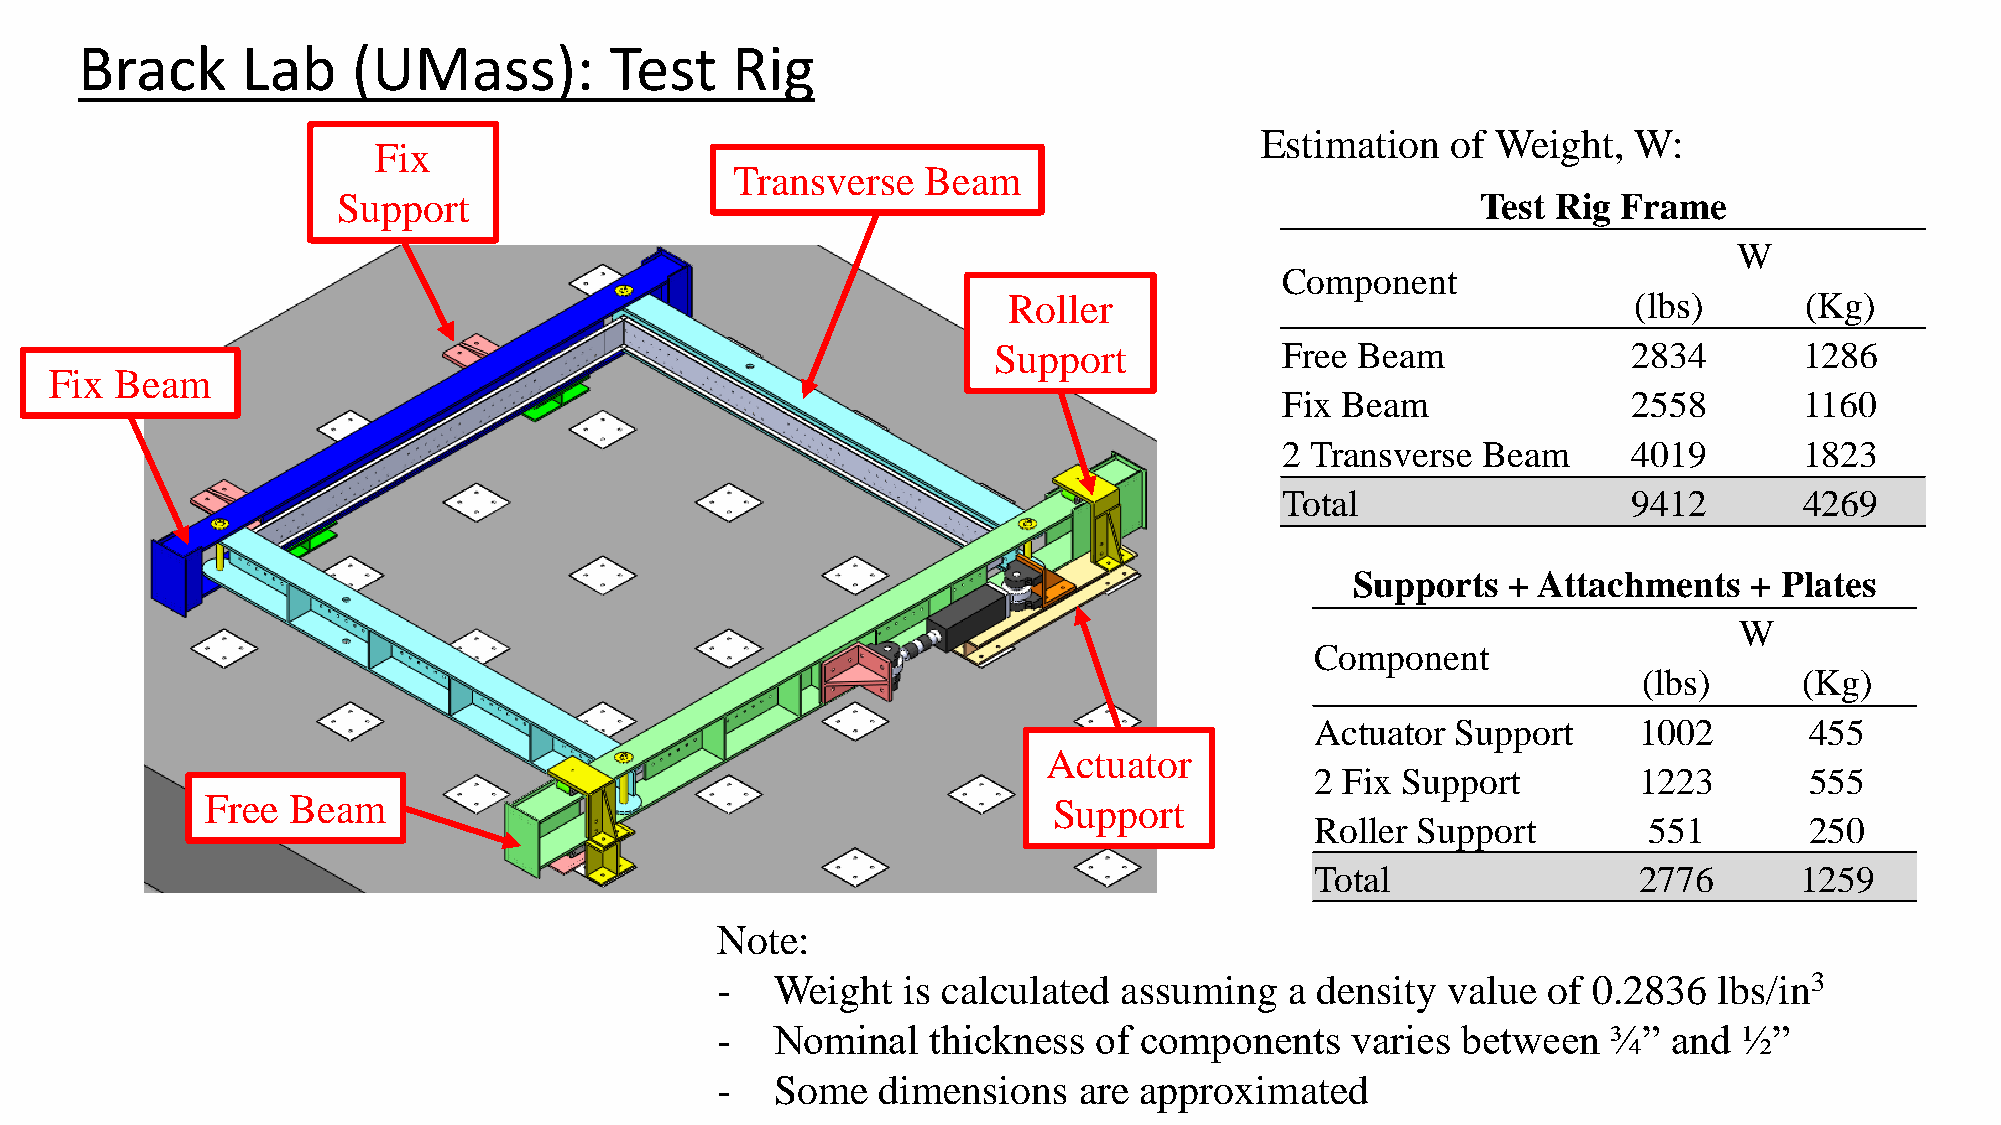
Brack      Lab    (UMass):         Test    Rig
 Estimation   of Weight,  W:
 Fix
 Transverse   Beam
 Support                                                                     Test Rig Frame
 W
 Component
 Roller                                   (lbs)      (Kg)
 Support            Free Beam              2834       1286
 Fix  Beam
 Fix Beam               2558       1160
 2 Transverse Beam      4019       1823
 Total                  9412       4269
 Supports  + Attachments   + Plates
 W
 Component
 (lbs)     (Kg)
 Actuator Support     1002        455
 Actuator
 2 Fix Support        1223        555
 Free Beam                                               Support
 Roller Support        551        250
 Total                2776       1259
 Note:
 -   Weight   is calculated assuming   a density  value of 0.2836   lbs/in3
 -   Nominal    thickness of components    varies  between   ¾”  and ½”
 -   Some   dimensions   are approximated